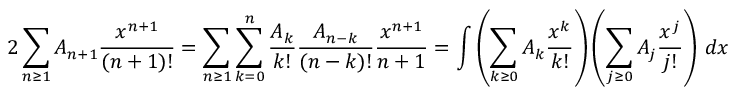
2 \sum _ { n \geq 1 } A _ { n + 1 } { \frac { x ^ { n + 1 } } { ( n + 1 ) ! } } = \sum _ { n \geq 1 } \sum _ { k = 0 } ^ { n } { \frac { A _ { k } } { k ! } } { \frac { A _ { n - k } } { ( n - k ) ! } } { \frac { x ^ { n + 1 } } { n + 1 } } = \int \left( \sum _ { k \geq 0 } A _ { k } { \frac { x ^ { k } } { k ! } } \right) \left( \sum _ { j \geq 0 } A _ { j } { \frac { x ^ { j } } { j ! } } \right) \, d x - x